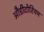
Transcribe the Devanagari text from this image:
औडीटोरियम